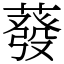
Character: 蕟